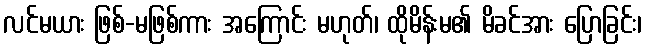
လင်မယား ဖြစ်-မဖြစ်ကား အကြောင်း မဟုတ်၊ ထိုမိန်းမ၏ မိခင်အား ပြောခြင်း၊